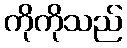
ကိုကိုသည်